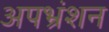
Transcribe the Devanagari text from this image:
अपभ्रंशन